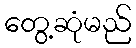
တွေ့ဆုံမည်